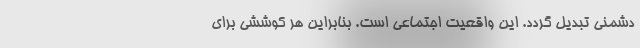
دشمنی تبدیل گردد. این واقعیت اجتماعی است. بنابراین هر کوششی برای